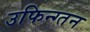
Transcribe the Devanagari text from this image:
उफिन्ग्तन